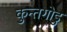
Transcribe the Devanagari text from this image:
कुन्तगोडु